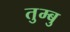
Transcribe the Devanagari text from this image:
तुम्बु